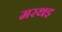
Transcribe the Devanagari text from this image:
मरथइ